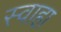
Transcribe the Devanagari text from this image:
स्‍वाहा